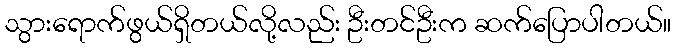
သွားရောက်ဖွယ်ရှိတယ်လို့လည်း ဦးတင်ဦးက ဆက်ပြောပါတယ်။